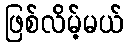
ဖြစ်လိမ့်မယ်